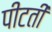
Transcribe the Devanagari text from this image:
पीटती